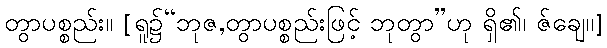
တွာပစ္စည်း။ [ရူ၌“ဘုဇ,တွာပစ္စည်းဖြင့် ဘုတွာ”ဟု ရှိ၏၊ ဇ်ချေ၊၊]